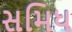
સમિધ